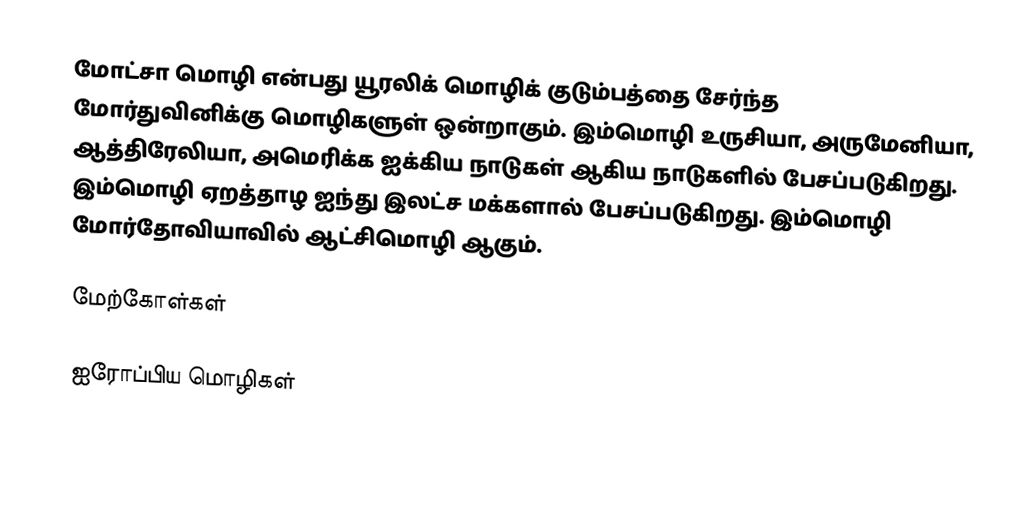
மோட்சா மொழி என்பது யூரலிக் மொழிக் குடும்பத்தை சேர்ந்த மோர்துவினிக்கு மொழிகளுள் ஒன்றாகும். இம்மொழி உருசியா, அருமேனியா, ஆத்திரேலியா, அமெரிக்க ஐக்கிய நாடுகள் ஆகிய நாடுகளில் பேசப்படுகிறது. இம்மொழி ஏறத்தாழ ஐந்து இலட்ச மக்களால் பேசப்படுகிறது. இம்மொழி மோர்தோவியாவில் ஆட்சிமொழி ஆகும்.

மேற்கோள்கள்

ஐரோப்பிய மொழிகள்